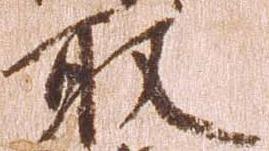
取